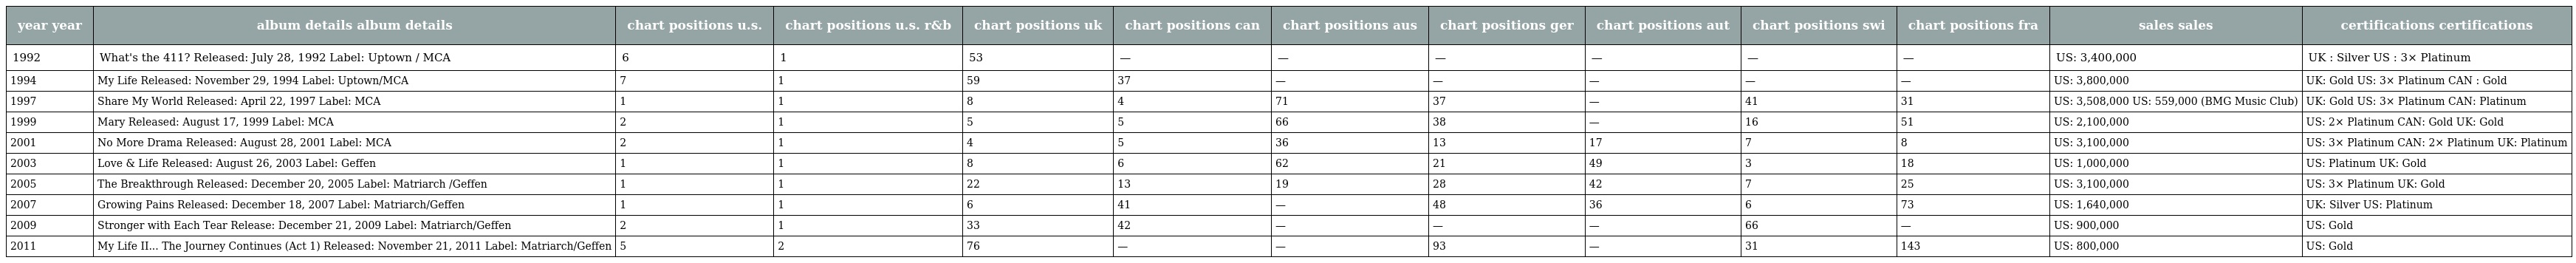
| year year | album details album details | chart positions u.s. | chart positions u.s. r&b | chart positions uk | chart positions can | chart positions aus | chart positions ger | chart positions aut | chart positions swi | chart positions fra | sales sales | certifications certifications |
 | --- | --- | --- | --- | --- | --- | --- | --- | --- | --- | --- | --- | --- |
 | 1992 | What's the 411? Released: July 28, 1992 Label: Uptown / MCA | 6 | 1 | 53 | — | — | — | — | — | — | US: 3,400,000 | UK : Silver US : 3× Platinum |
 | 1994 | My Life Released: November 29, 1994 Label: Uptown/MCA | 7 | 1 | 59 | 37 | — | — | — | — | — | US: 3,800,000 | UK: Gold US: 3× Platinum CAN : Gold |
 | 1997 | Share My World Released: April 22, 1997 Label: MCA | 1 | 1 | 8 | 4 | 71 | 37 | — | 41 | 31 | US: 3,508,000 US: 559,000 (BMG Music Club) | UK: Gold US: 3× Platinum CAN: Platinum |
 | 1999 | Mary Released: August 17, 1999 Label: MCA | 2 | 1 | 5 | 5 | 66 | 38 | — | 16 | 51 | US: 2,100,000 | US: 2× Platinum CAN: Gold UK: Gold |
 | 2001 | No More Drama Released: August 28, 2001 Label: MCA | 2 | 1 | 4 | 5 | 36 | 13 | 17 | 7 | 8 | US: 3,100,000 | US: 3× Platinum CAN: 2× Platinum UK: Platinum |
 | 2003 | Love & Life Released: August 26, 2003 Label: Geffen | 1 | 1 | 8 | 6 | 62 | 21 | 49 | 3 | 18 | US: 1,000,000 | US: Platinum UK: Gold |
 | 2005 | The Breakthrough Released: December 20, 2005 Label: Matriarch /Geffen | 1 | 1 | 22 | 13 | 19 | 28 | 42 | 7 | 25 | US: 3,100,000 | US: 3× Platinum UK: Gold |
 | 2007 | Growing Pains Released: December 18, 2007 Label: Matriarch/Geffen | 1 | 1 | 6 | 41 | — | 48 | 36 | 6 | 73 | US: 1,640,000 | UK: Silver US: Platinum |
 | 2009 | Stronger with Each Tear Release: December 21, 2009 Label: Matriarch/Geffen | 2 | 1 | 33 | 42 | — | — | — | 66 | — | US: 900,000 | US: Gold |
 | 2011 | My Life II... The Journey Continues (Act 1) Released: November 21, 2011 Label: Matriarch/Geffen | 5 | 2 | 76 | — | — | 93 | — | 31 | 143 | US: 800,000 | US: Gold |